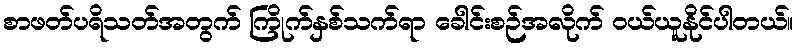
စာဖတ်ပရိသတ်အတွက် ကြိုက်နှစ်သက်ရာ ခေါင်းစဉ်အလိုက် ဝယ်ယူနိုင်ပါတယ်။